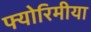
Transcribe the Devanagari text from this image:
फ्योरिमीया